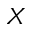
X